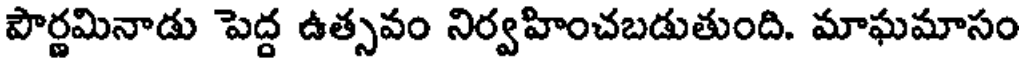
పౌర్ణమినాడు పెద్ద ఉత్సవం నిర్వహించబడుతుంది. మాఘమాసం